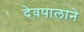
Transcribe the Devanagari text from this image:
देवपालाने